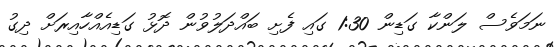
ނަމަވެސް ލަންކާ ގަޑިން 1:30 ގައި ފެށި ބައްދަލުވުން ދޮޅު ގަޑިއެއްހާއިރަށް ދިގު